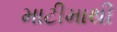
માટીમાથી